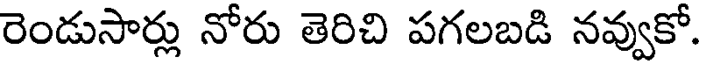
రెండుసార్లు నోరు తెరిచి పగలబడి నవ్వుకో.